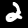
Label: 2